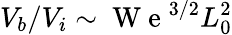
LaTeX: V_{b}/V_{i}\sim\mathrm{~W~e~}^{3/2}L_{0}^{2}